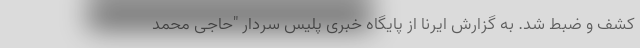
کشف و ضبط شد. به گزارش ایرنا از پایگاه خبری پلیس سردار "حاجی محمد